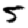
Digit: 5